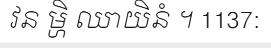
វន ម្ហិ ឈាយិនំ ។ 1137: